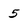
Character: 5